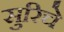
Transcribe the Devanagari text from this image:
सुरिचे